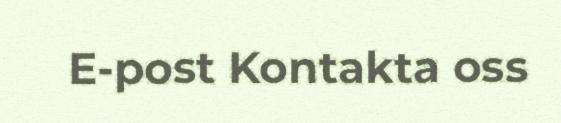
E-post Kontakta oss